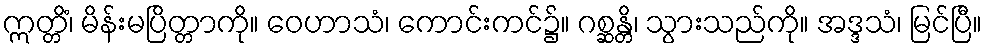
ဣတ္တိံ၊ မိန်းမပြိတ္တာကို။ ဝေဟာသံ၊ ကောင်းကင်၌။ ဂစ္ဆန္တိ၊ သွားသည်ကို။ အဒ္ဒသံ၊ မြင်ပြီ။